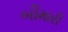
બીમારી